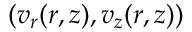
( v _ { r } ( r , z ) , v _ { z } ( r , z ) )